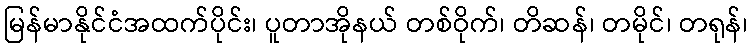
မြန်မာနိုင်ငံအထက်ပိုင်း၊ ပူတာအိုနယ် တစ်ဝိုက်၊ တိဆန်၊ တမိုင်၊ တရုန်၊